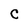
Character: C